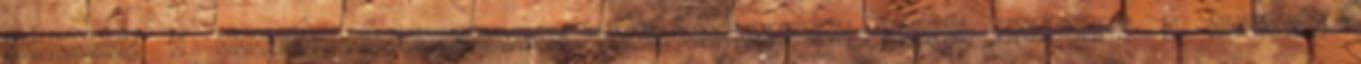
gyártják a magvas mondanivalójú hozzászólásokat Kinek hosszabb a dákója,